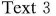
Text 3